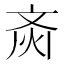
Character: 𱌗